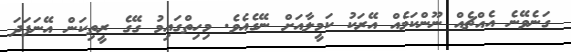
ގަނެވޭނެ އެއްޗެއް ނޫންކަމެއް އޭރަކު ކަމީލާއަށް ނޭގެއެވެ. މިހިތްގައިމު ގޭގެ ރީތިކަން އޭނަފަދަ